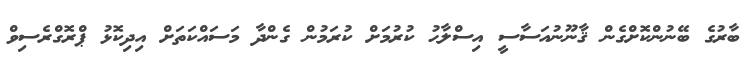
ބާރުގެ ބޭނުންކޮށްގެން ޤާނޫނުއަސާސީ އިސްލާޙު ކުރުމަށް ކުރަމުން ގެންދާ މަސައްކަތަށް އިދިކޮޅު ޕްރޮގްރެސިވް